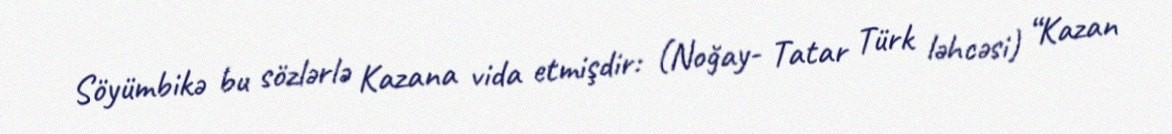
Söyümbikə bu sözlərlə Kazana vida etmişdir: (Noğay- Tatar Türk ləhcəsi) “Kazan